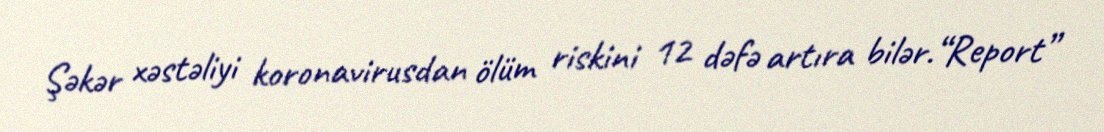
Şəkər xəstəliyi koronavirusdan ölüm riskini 12 dəfə artıra bilər.“Report”